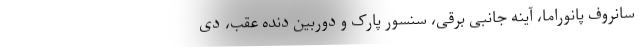
سانروف پانوراما، آینه جانبی برقی، سنسور پارک و دوربین دنده عقب، دی